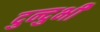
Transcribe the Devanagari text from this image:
दुन्‍दुभी